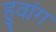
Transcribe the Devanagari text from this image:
हुवांग